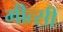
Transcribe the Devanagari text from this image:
मीत्सी